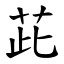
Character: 茈